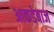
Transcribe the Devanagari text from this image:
आकडेबाज